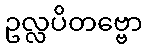
ဥလ္လပိတဗ္ဗော